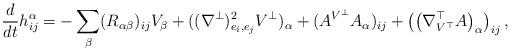
LaTeX: \begin{align*}\frac{d}{dt}h^{\alpha}_{ij}=-\sum_{\beta}(R_{\alpha\beta})_{ij}V_{\beta}+((\nabla^{\bot})^2_{e_i,e_j}V^{\bot})_{\alpha}+(A^{V^{\bot}}A_{\alpha})_{ij}+\left(\left(\nabla^{\top}_{V^{\top}}A\right)_{\alpha}\right)_{ij},\end{align*}